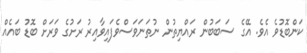
ކަންބޮޑުވެ އެވެ. އޭގެ ސަބަބުން ރައްޔިތުން ނުތަނަވަސްވެފައިވާއިރު ރަށުގެ ވަރަށް ބޮޑު ބައެއް